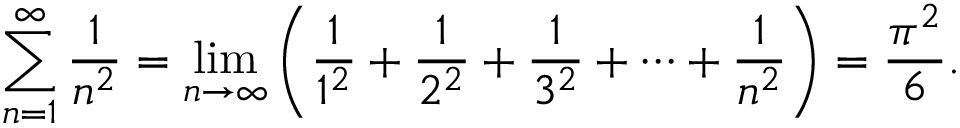
\sum _ { n = 1 } ^ { \infty } { \frac { 1 } { n ^ { 2 } } } = \operatorname* { l i m } _ { n \to \infty } \left( { \frac { 1 } { 1 ^ { 2 } } } + { \frac { 1 } { 2 ^ { 2 } } } + { \frac { 1 } { 3 ^ { 2 } } } + \cdots + { \frac { 1 } { n ^ { 2 } } } \right) = { \frac { \pi ^ { 2 } } { 6 } } .